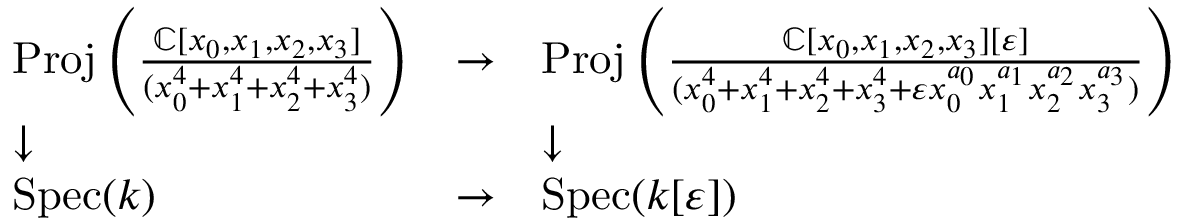
{ \begin{array} { l l l } { \operatorname { P r o j } \left( { \frac { \mathbb { C } [ x _ { 0 } , x _ { 1 } , x _ { 2 } , x _ { 3 } ] } { ( x _ { 0 } ^ { 4 } + x _ { 1 } ^ { 4 } + x _ { 2 } ^ { 4 } + x _ { 3 } ^ { 4 } ) } } \right) } & { \to } & { \operatorname { P r o j } \left( { \frac { \mathbb { C } [ x _ { 0 } , x _ { 1 } , x _ { 2 } , x _ { 3 } ] [ \varepsilon ] } { ( x _ { 0 } ^ { 4 } + x _ { 1 } ^ { 4 } + x _ { 2 } ^ { 4 } + x _ { 3 } ^ { 4 } + \varepsilon x _ { 0 } ^ { a _ { 0 } } x _ { 1 } ^ { a _ { 1 } } x _ { 2 } ^ { a _ { 2 } } x _ { 3 } ^ { a _ { 3 } } ) } } \right) } \\ { \downarrow } & & { \downarrow } \\ { \operatorname { S p e c } ( k ) } & { \to } & { \operatorname { S p e c } ( k [ \varepsilon ] ) } \end{array} }